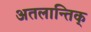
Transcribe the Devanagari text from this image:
अतलान्तिक्